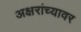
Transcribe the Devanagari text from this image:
अक्षरांच्यावर